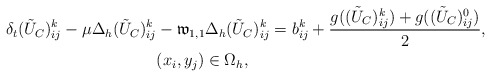
\begin{align*} \delta_{t}(\tilde{U}_C)^{k}_{ij}-\mu\Delta_{h} (\tilde{U}_C)^{k}_{ij}&- \mathfrak{w}_{1,1}\Delta_{h} (\tilde{U}_C)^{k}_{ij} =b^{k}_{ij}+\frac{g((\tilde{U}_C)^k_{ij})+g((\tilde{U}_C)^{0}_{ij})}{2},\\ &(x_i,y_j)\in\Omega_{h}, \end{align*}